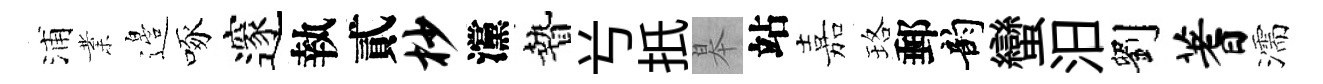
浦業邉啄邃執貳杪灙贄𠔃扺皋站嘉珞郵韵蠻汨劉蓍濡